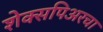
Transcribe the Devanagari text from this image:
शेक्सपिअरचा